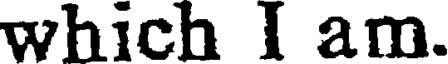
which I am.